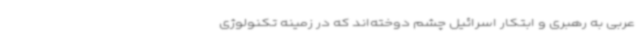
عربی به رهبری و ابتکار اسرائیل چشم دوخته‌اند که در زمینه تکنولوژی